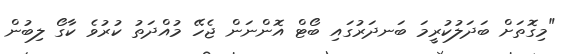
"މިގޮތަށް ބަދަލުކުރީމަ ބަނދަރުގައި ބޯޓް އޮންނަން ޖެހޭ މުއްދަތު ކުރުވެ ކާގޯ ލިބުން